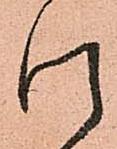
い